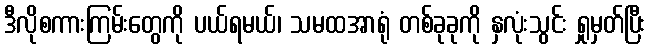
ဒီလိုစကားကြမ်းတွေကို ပယ်ရမယ်၊ သမထအာရုံ တစ်ခုခုကို နှလုံးသွင်း ရှုမှတ်ပြီး